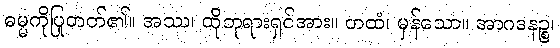
ဓမ္မကိုပြုတတ်၏။ အဿ၊ ထိုဘုရားရှင်အား။ တထံ၊ မှန်သော။ အာဂဒနဉ္စ၊